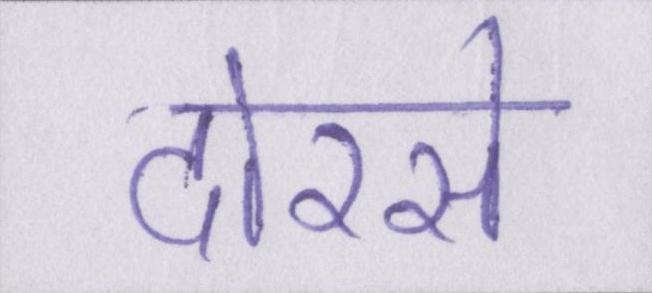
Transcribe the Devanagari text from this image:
दोरसे